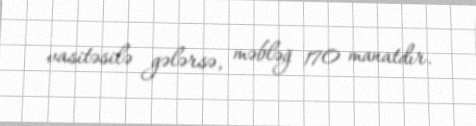
vasitəsilə gələrsə, məbləğ 170 manatdır.